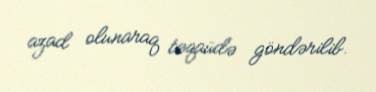
azad olunaraq təqaüdə göndərilib.